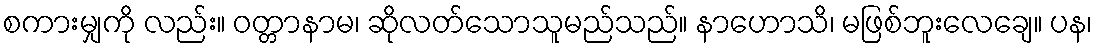
စကားမျှကို လည်း။ ဝတ္တာနာမ၊ ဆိုလတ်သောသူမည်သည်။ နာဟောသိ၊ မဖြစ်ဘူးလေချေ။ ပန၊